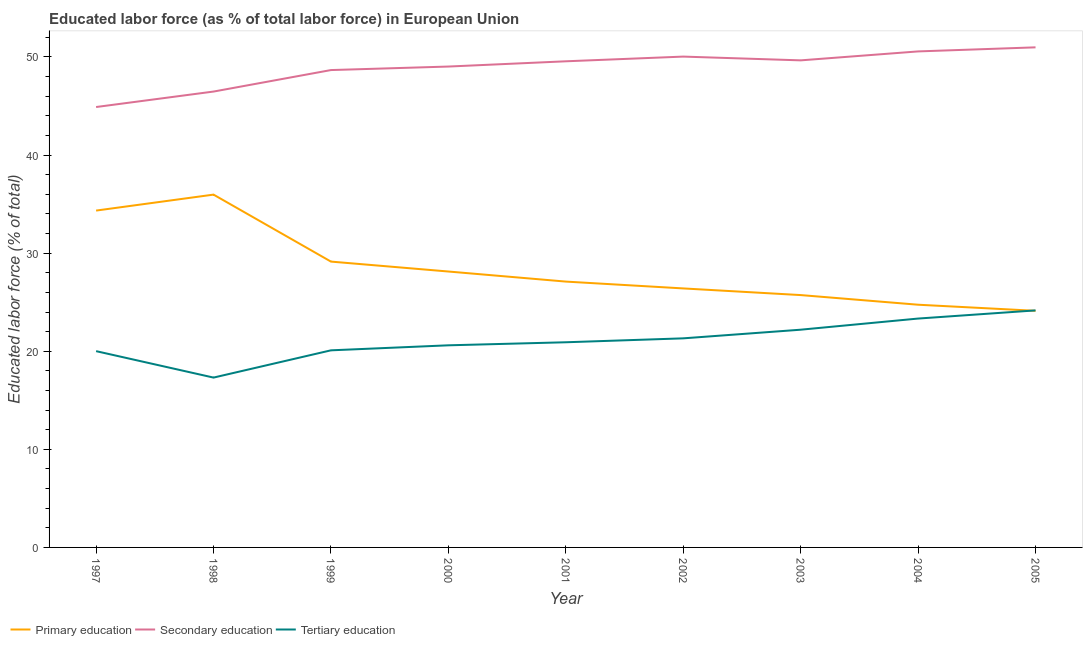
| Year | Primary education | Secondary education | Tertiary education |
 | --- | --- | --- | --- |
 | 1997 | 34.3 | 44.9 | 20 |
 | 1998 | 36 | 46.5 | 17.3 |
 | 1999 | 29.1 | 48.7 | 20.1 |
 | 2000 | 28.1 | 49 | 20.6 |
 | 2001 | 27.1 | 49.6 | 20.9 |
 | 2002 | 26.4 | 50 | 21.3 |
 | 2003 | 25.7 | 49.7 | 22.2 |
 | 2004 | 24.7 | 50.6 | 23.3 |
 | 2005 | 24.1 | 51 | 24.2 |